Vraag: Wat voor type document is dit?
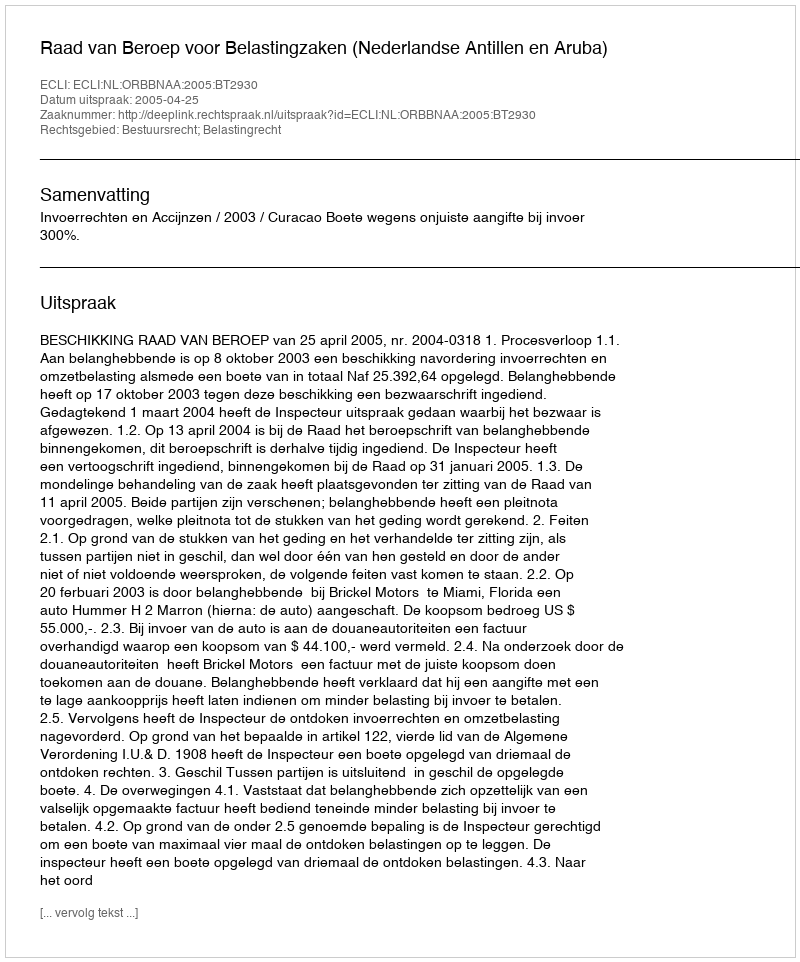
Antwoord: Uitspraak